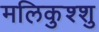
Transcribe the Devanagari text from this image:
मलिकुश्शु